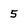
Character: 5